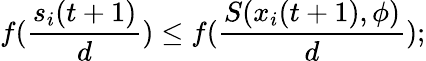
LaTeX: f(\frac{s_{i}(t+1)}{d})\leq f(\frac{S(x_{i}(t+1),\phi)}{d});